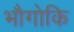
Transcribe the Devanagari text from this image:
भौगोकि